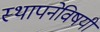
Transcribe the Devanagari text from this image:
स्थापनेविषयी